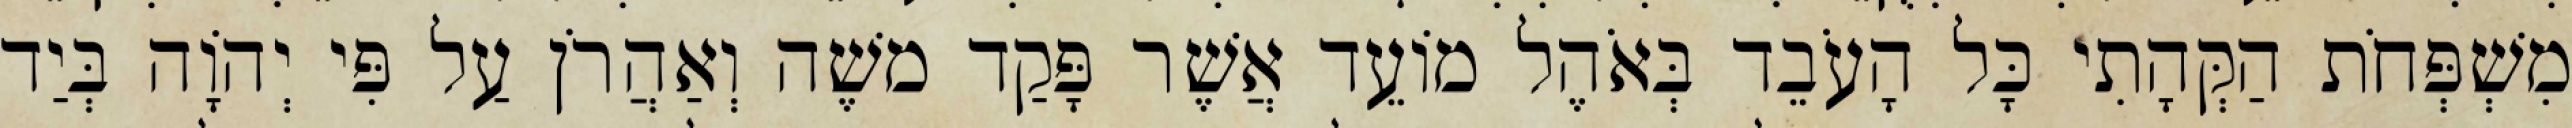
מִשְׁפְּחֹת הַקְּהָתִי כָּל הָעֹבֵד בְּאֹהֶל מוֹעֵד אֲשֶׁר פָּקַד משֶׁה וְאַהֲרֹן עַל פִּי יְהוָֹה בְּיַד